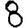
Digit: 8